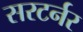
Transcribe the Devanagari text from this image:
सरटर्नर